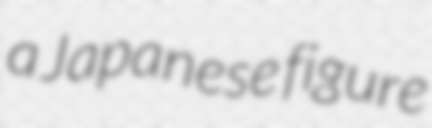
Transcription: a Japanese figure